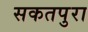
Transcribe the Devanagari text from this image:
सकतपुरा